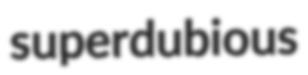
superdubious